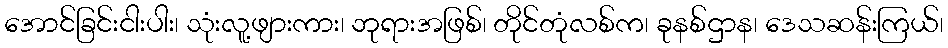
အောင်ခြင်းငါးပါး၊ သုံးလူ့ဖျားကား၊ ဘုရားအဖြစ်၊ တိုင်တုံလစ်က၊ ခုနစ်ဌာန၊ ဒေသဆန်းကြယ်၊